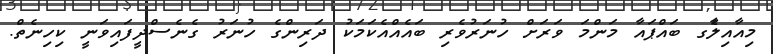
މިއާއިލާެގ ބައްޕައާ މަންމަ ވަރަށް ހުނަރުވެރި ބައެއްއެކަމަކު ދަރިންގެ ހުނަރު ގެނެސްދީފައިވަނީ ކިހިނެތް.